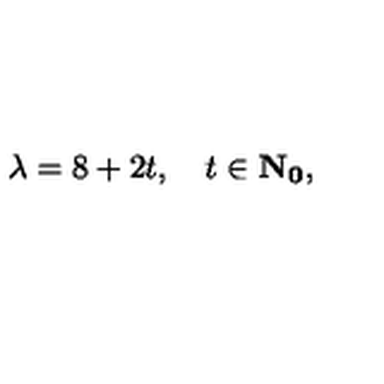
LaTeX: \lambda = 8 + 2 t , \quad t \in \bf { N } _ { 0 } ,